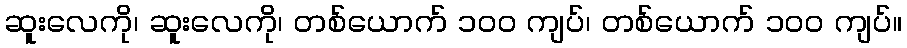
ဆူးလေကို၊ ဆူးလေကို၊ တစ်ယောက် ၁၀၀ ကျပ်၊ တစ်ယောက် ၁၀၀ ကျပ်။